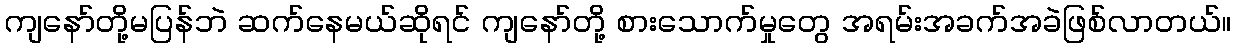
ကျနော်တို့မပြန်ဘဲ ဆက်နေမယ်ဆိုရင် ကျနော်တို့ စားသောက်မှုတွေ အရမ်းအခက်အခဲဖြစ်လာတယ်။